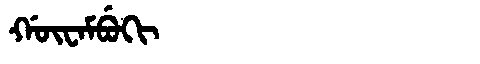
Manchu: ᡤᡡᠸᠠᠮᠪᡠᡴᡳ
Romanization: GŪWAMBUKI